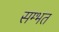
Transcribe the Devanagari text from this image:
सम्भत